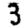
Digit: 3